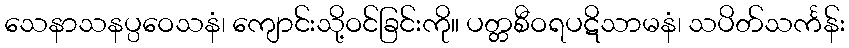
သေနာသနပ္ပဝေသနံ၊ ကျောင်းသို့ဝင်ခြင်းကို။ ပတ္တစီဝရပဋိသာမနံ၊ သပိတ်သင်္ကန်း